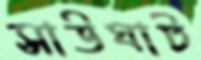
সাউঘাট